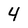
Character: 4